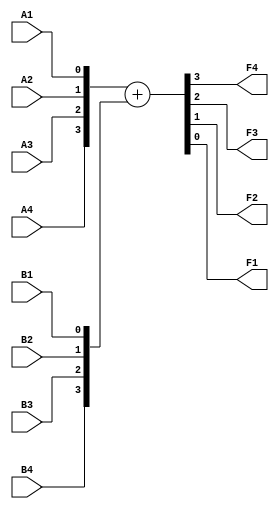
`timescale 1ns / 1ps
//////////////////////////////////////////////////////////////////////////////////
// Company: 
// Engineer: 
// 
// Design Name: 
// Module Name: Adder
// Project Name: 
// Target Devices: 
// Tool Versions: 
// Description: 
// 
// Dependencies: 
// 
// Revision:
// Revision 0.01 - File Created
// Additional Comments:
// 
//////////////////////////////////////////////////////////////////////////////////




module Adder(
    input A4,
    input A3,
    input A2,
    input A1,
    input B4,
    input B3,
    input B2,
    input B1,
    output F4,
    output F3,
    output F2,
    output F1
    );
    assign {F4,F3,F2,F1} = {A4,A3,A2,A1}+{B4,B3,B2,B1};
endmodule